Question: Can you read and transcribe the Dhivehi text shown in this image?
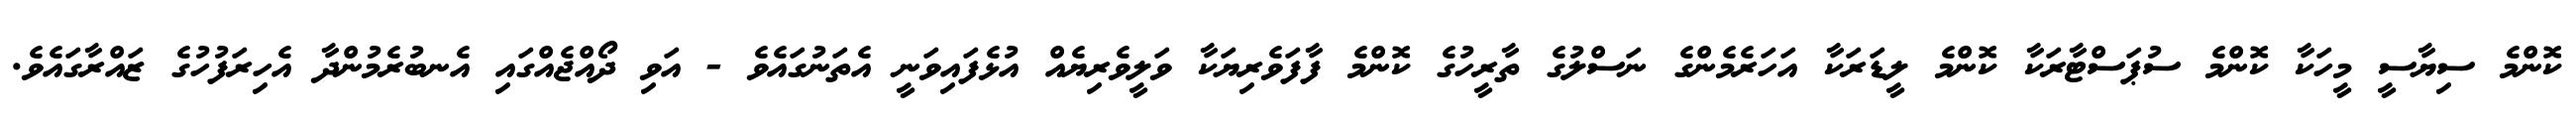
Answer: ކޮންމެ ސިޔާސީ މީހަކާ ކޮންމެ ސުޕަސްޓާރަކާ ކޮންމެ ލީޑަރަކާ އަހަރެމެންގެ ނަސްލުގެ ތާރީހުގެ ކޮންމެ ފާފަވެރިޔަކާ ވަލީވެރިޔެއް އުޅެފައިވަނީ އެތަނުގައެވެ - އަވި ދޯއްޖެއްގައި އެނބުރެމުންދާ އެހިރަފުހުގެ ޒައްރާގައެވެ.